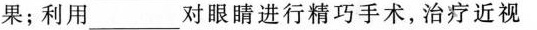
果；利用___对眼睛进行精巧手术，治疗近视